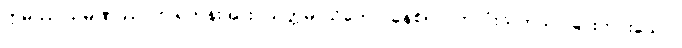
ဣမဿ သမဏဿ၊ ဤရဟန်းအား။ သတ္တမာသိကော၊ ခုနစ်လပတ်လုံးသုတ်သင်ခြင်းကင်းသော။